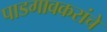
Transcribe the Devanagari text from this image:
पाडगावकरांचे